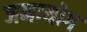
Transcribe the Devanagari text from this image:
जनायोग